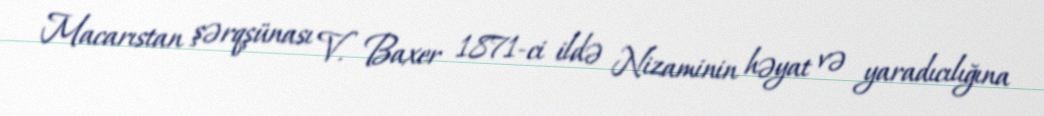
Macarıstan şərqşünası V. Baxer 1871-ci ildə Nizaminin həyat və yaradıcılığına